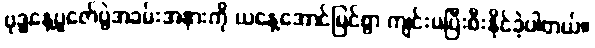
ဗုဒ္ဓနေ့ပူဇော်ပွဲအခမ်းအနားကို ယနေ့အောင်မြင်စွာ ကျင်းပပြီးစီးနိုင်ခဲ့ပါတယ်။